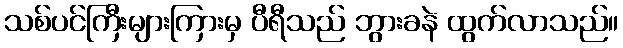
သစ်ပင်ကြီးများကြားမှ ပီရီသည် ဘွားခနဲ ထွက်လာသည်။